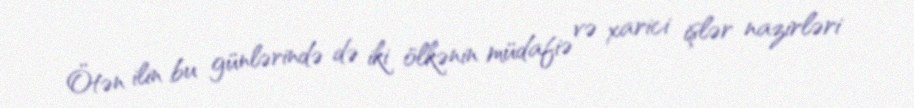
Ötən ilin bu günlərində də iki ölkənin müdafiə və xarici işlər nazirləri